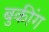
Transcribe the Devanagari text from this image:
बुकींग